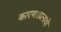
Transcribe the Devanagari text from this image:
कारण।प्रत्ययो